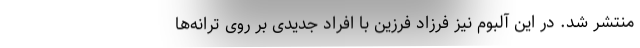
منتشر شد. در این آلبوم نیز فرزاد فرزین با افراد جدیدی بر روی ترانه‌ها